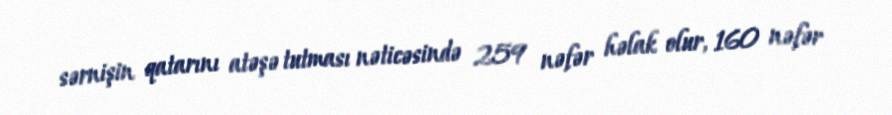
sərnişin qatarını atəşə tutması nəticəsində 259 nəfər həlak olur, 160 nəfər